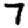
Digit: 7